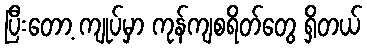
ပြီးတော့ ကျုပ်မှာ ကုန်ကျစရိတ်တွေ ရှိတယ်